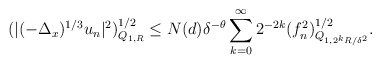
\begin{align*} (|(-\Delta_x)^{1/3} u_n|^2)^{1/2}_{Q_{1,R}}\le N (d) \delta^{-\theta} \sum_{k=0}^\infty 2^{-2k}(f_n^2)^{1/2}_{Q_{1,2^{k}R/\delta^2}}.\end{align*}